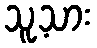
သူ့သား